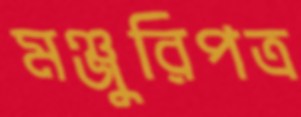
মঞ্জুরিপত্র